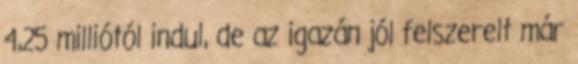
4,25 milliótól indul, de az igazán jól felszerelt már